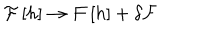
LaTeX: { \cal F } \left[ h \right] \rightarrow { \cal F } \left[ h \right] + \delta { \cal F }